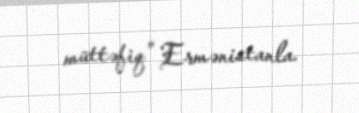
müttəfiq” Ermənistanla.